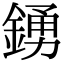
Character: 𮢛